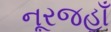
નૂરજહાઁ